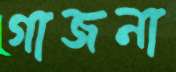
গাজনা